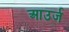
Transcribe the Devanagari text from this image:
आउर्ज